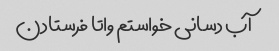
آب دسانی خواستم واتا فرستادن